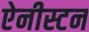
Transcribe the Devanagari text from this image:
ऐनीस्टन